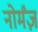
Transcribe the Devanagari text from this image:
नोर्मंज़